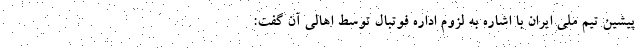
پیشین تیم ملی ایران با اشاره به لزوم اداره فوتبال توسط اهالی آن گفت: